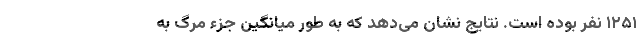
۱۲۵۱ نفر بوده است. نتایج نشان می‌دهد که به طور میانگین جزء مرگ به